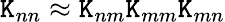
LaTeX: \mathtt{K}_{nn}\approx\mathtt{K}_{nm}\mathtt{K}_{mm}\mathtt{K}_{mn}